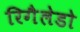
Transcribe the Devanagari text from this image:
रिगैलेडो